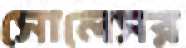
সোলেসর